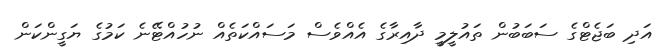
އަދި ބަޖެޓްގެ ސަބަބުން ތައުލީމީ ދާއިރާގެ އެއްވެސް މަސައްކަތެއް ނުހުއްޓޭނެ ކަމުގެ ޔަގީންކަން